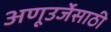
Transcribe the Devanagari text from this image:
अणूउर्जेसाठी